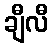
ချီလီ